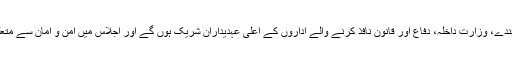
کمیشن کے مطابق اس میں تمام نگراں حکومتوں کے نمائندے، وزارت داخلہ، دفاع اور قانون نافذ کرنے والے اداروں کے اعلیٰ عہدیداران شریک ہوں گے اور اجلاس میں امن و امان سے متعلق اقدامات کے بارے میں حتمی فیصلے کیے جائیں گے۔